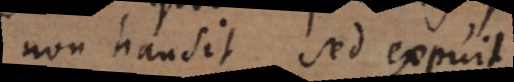
non hausit sed expuit